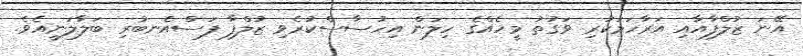
އޭނަ ޒުލްފާއާއި އަރާހަމަކުރި ވަގުތު މީހެއްގެ ހިލަން އިހުސާސްކުރެވި ޒުލްފާ ފަސްއެނބުރި ބަލާލަނީއެވެ.